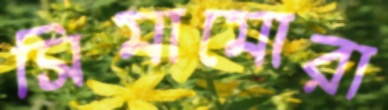
সিমামোরা